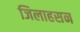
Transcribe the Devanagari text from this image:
जिलाहसन